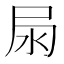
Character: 𡱊